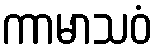
ကာမာသဝံ